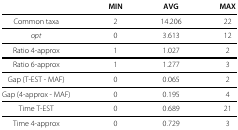
<table><thead><tr><td><b> </b></td><td><b>MIN</b></td><td><b>AVG</b></td><td><b>MAX</b></td></tr></thead><tbody><tr><td>Common taxa</td><td>2</td><td>14.206</td><td>22</td></tr><tr><td><i>opt</i></td><td>0</td><td>3.613</td><td>12</td></tr><tr><td>Ratio 4-approx</td><td>1</td><td>1.027</td><td>2</td></tr><tr><td>Ratio 6-approx</td><td>1</td><td>1.277</td><td>3</td></tr><tr><td>Gap (T-EST - MAF)</td><td>0</td><td>0.065</td><td>2</td></tr><tr><td>Gap (4-approx - MAF)</td><td>0</td><td>0.195</td><td>4</td></tr><tr><td>Time T-EST</td><td>0</td><td>0.689</td><td>21</td></tr><tr><td>Time 4-approx</td><td>0</td><td>0.729</td><td>3</td></tr></tbody></table>